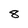
Character: 8